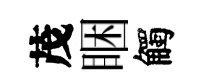
茂睏觸